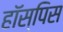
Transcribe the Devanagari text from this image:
हॉस्पिस